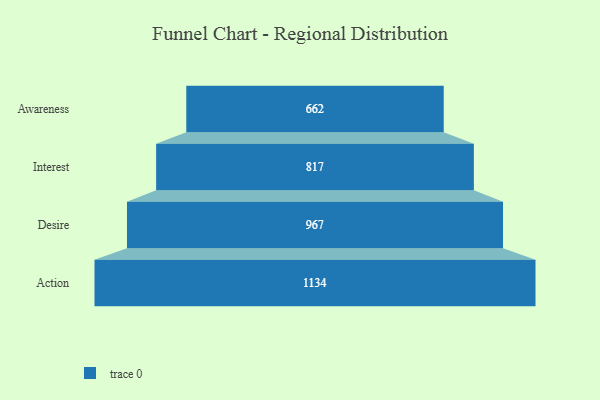
{"axis": {"x": "Stage", "y": "Value"}, "legend": [""], "data": [{"x": "Awareness", "y": 662.0, "type": ""}, {"x": "Interest", "y": 817.0, "type": ""}, {"x": "Desire", "y": 967.0, "type": ""}, {"x": "Action", "y": 1134.0, "type": ""}]}